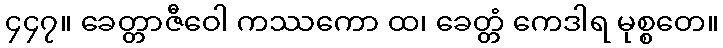
၄၄၇။ ခေတ္တာဇီဝေါ ကဿကော ထ၊ ခေတ္တံ ကေဒါရ မုစ္စတေ။